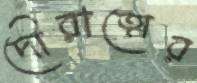
দৌরাত্মের